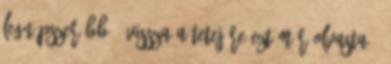
legnépszerűbb » Vissza a tetejére Ezt már olvasta ?